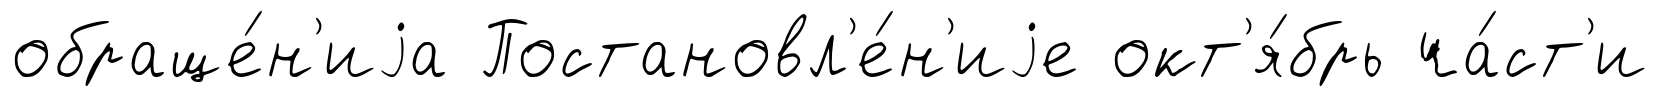
обраще́н'иjа Постановл'е́н'иjе окт'я́брь ча́ст'и